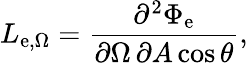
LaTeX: L_{\mathrm{e},\Omega}={\frac{\partial^{2}\Phi_{\mathrm{e}}}{\partial\Omega\, \partial A\cos\theta}},